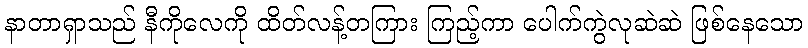
နာတာရှာသည် နီကိုလေကို ထိတ်လန့်တကြား ကြည့်ကာ ပေါက်ကွဲလုဆဲဆဲ ဖြစ်နေသော